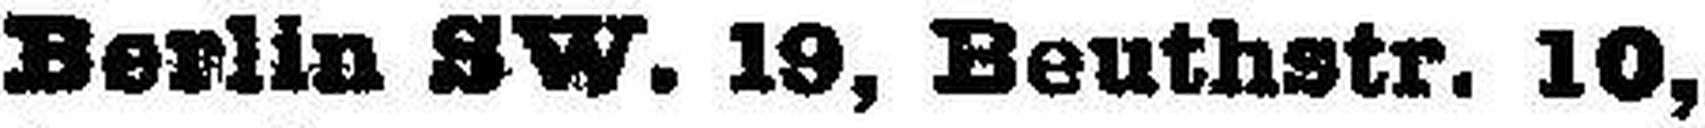
Berlin SW. 19, Beuthstr. 10,